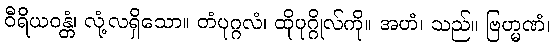
ဝီရိယဝန္တံ၊ လုံ့လရှိသော။ တံပုဂ္ဂလံ၊ ထိုပုဂ္ဂိုလ်ကို။ အဟံ၊ သည်။ ဗြဟ္မဏံ၊